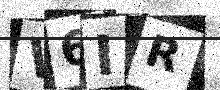
Text: V6IR